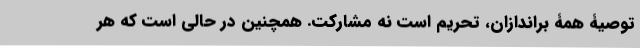
توصیۀ همۀ براندازان، تحریم است نه مشارکت. همچنین در حالی است که هر